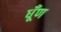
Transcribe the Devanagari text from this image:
धूँण